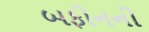
બફીનની